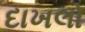
દાખલો